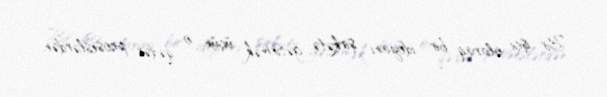
Bir işçi olaraq bir ideyanı şirkətə gətirmək üçün o qədər proseslərdən,